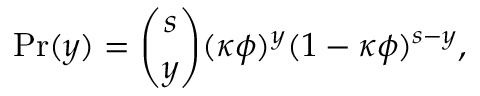
\mathrm { P r } ( y ) = \binom { s } { y } ( \kappa \phi ) ^ { y } ( 1 - \kappa \phi ) ^ { s - y } ,